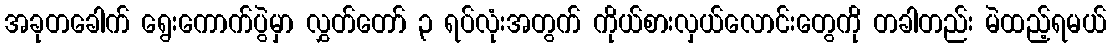
အခုတခေါက် ရွေးကောက်ပွဲမှာ လွှတ်တော် ၃ ရပ်လုံးအတွက် ကိုယ်စားလှယ်လောင်းတွေကို တခါတည်း မဲထည့်ရမယ်